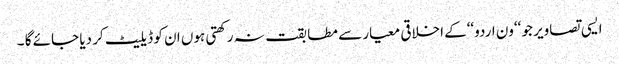
ایسی تصاویر جو ‘‘ون اردو‘‘کے اخلاقی معیار سے مطابقت نہ رکھتی ہوں ان کو ڈیلیٹ کر دیا جائے گا ۔